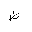
Letter: _za